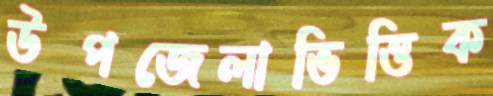
উপজেলাভিত্তিক